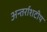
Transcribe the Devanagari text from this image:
अन्तर्राशटीय